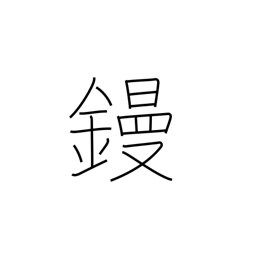
Meaning: flat iron